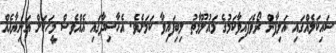
ސައިކަލެއްގައި އަލިފާން ރޯވެފައިވާކަމުގެ މައުލޫމާތު ލިބިފައިވާ ކަމަށެވެ. އެހާސިދާގައި އެއްވެސް މީހަކަށް އަނިޔާއެއް